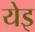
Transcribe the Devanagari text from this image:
येइ